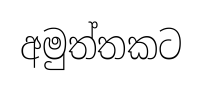
අමුත්තකට